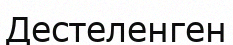
Дестеленген